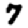
Digit: 7